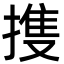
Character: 㨦